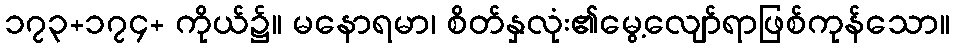
၁၇၃+၁၇၄+ ကိုယ်၌။ မနောရမာ၊ စိတ်နှလုံး၏မွေ့လျော်ရာဖြစ်ကုန်သော။